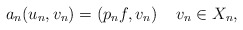
\begin{align*}a_n(u_n, v_n )= (p_n f, v_n) \quad\,v_n\in X_n,\end{align*}